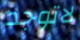
لاتوجد